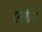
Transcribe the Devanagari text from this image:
एर्लीन